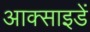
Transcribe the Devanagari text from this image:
आक्साइडें